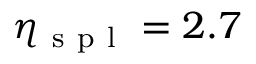
\eta _ { \mathrm { ~ s ~ p ~ l ~ } } = 2 . 7